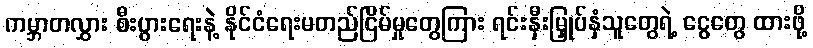
ကမ္ဘာတလွှား စီးပွားရေးနဲ့ နိုင်ငံရေးမတည်ငြိမ်မှုတွေကြား ရင်းနှီးမြှုပ်နှံသူတွေရဲ့ ငွေတွေ ထားဖို့